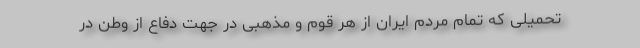
تحمیلی که تمام مردم ایران از هر قوم و مذهبی در جهت دفاع از وطن در